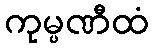
ကုမ္ပဏီထံ